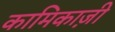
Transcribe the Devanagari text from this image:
कामिकाज़ी